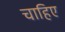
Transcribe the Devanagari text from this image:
चाहिए